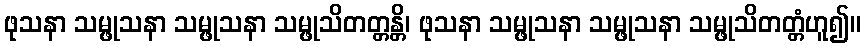
ဖုသနာ သမ္ဖုသနာ သမ္ဖုသနာ သမ္ဖုသိတတ္တန္တိ၊ ဖုသနာ သမ္ဖုသနာ သမ္ဖုသနာ သမ္ဖုသိတတ္တံဟူ၍။